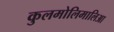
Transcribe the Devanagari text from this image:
कुलमोलिमालिआ